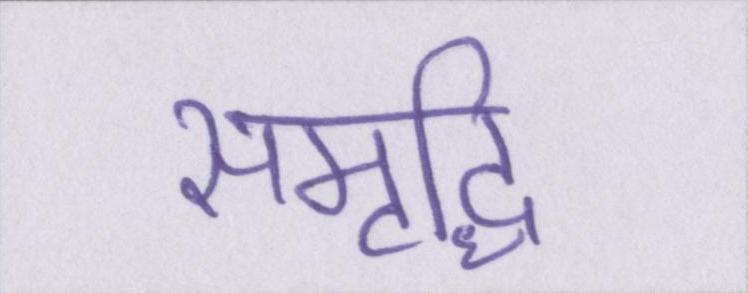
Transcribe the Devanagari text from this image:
समृद्धि